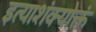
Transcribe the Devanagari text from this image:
इत्याशंक्योक्तं